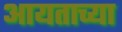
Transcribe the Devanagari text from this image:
आयताच्या